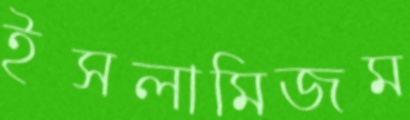
ইসলামিজম